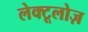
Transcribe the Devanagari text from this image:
लेक्टूलोज़